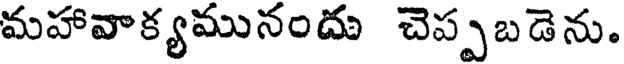
మహావాక్యమునందు చెప్పబడెను.